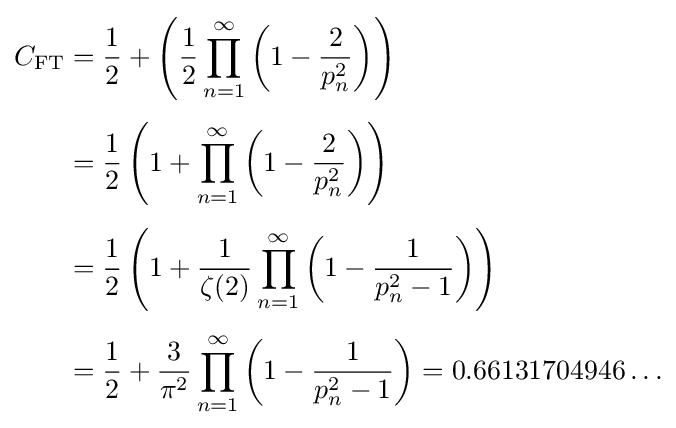
{\begin{aligned}C_{\text{FT}}&={1 \over 2}+\left({1 \over 2}\prod _{n=1}^{\infty }\left(1-{2 \over p_{n}^{2}}\right)\right)\\[4pt]&={{1} \over {2}}\left(1+\prod _{n=1}^{\infty }\left(1-{{2} \over {p_{n}^{2}}}\right)\right)\\[4pt]&={1 \over 2}\left(1+{{1} \over {\zeta (2)}}\prod _{n=1}^{\infty }\left(1-{{1} \over {p_{n}^{2}-1}}\right)\right)\\[4pt]&={1 \over 2}+{{3} \over {\pi ^{2}}}\prod _{n=1}^{\infty }\left(1-{{1} \over {p_{n}^{2}-1}}\right)=0.66131704946\ldots \end{aligned}}